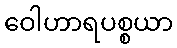
ဝေါဟာရပစ္စယာ